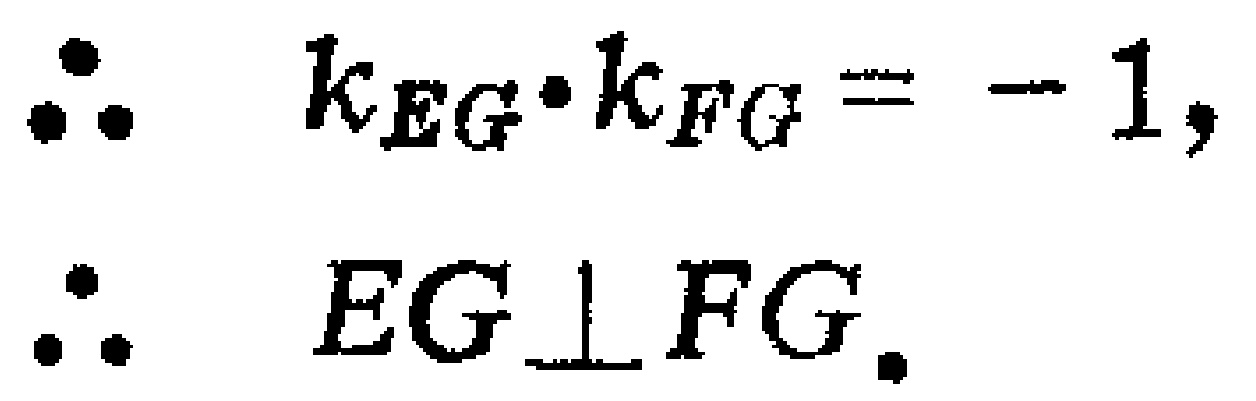
\[\begin{align*}
\therefore\quad &k_{EG}\cdot k_{FG}=-1,\\
\therefore\quad &EG\perp FG.
\end{align*}\]